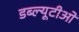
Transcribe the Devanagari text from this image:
डब्‍ल्यूटीओ